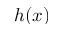
h ( x )